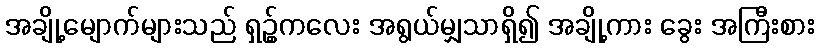
အချို့မျောက်များသည် ရှဥ့်ကလေး အရွယ်မျှသာရှိ၍ အချို့ကား ခွေး အကြီးစား